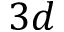
3 d